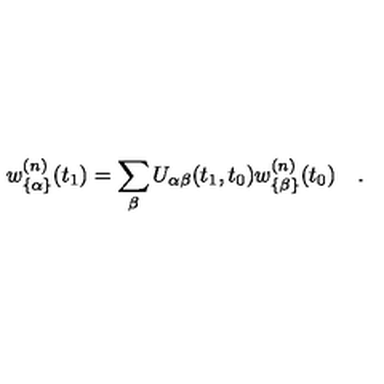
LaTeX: w _ { \{ \alpha \} } ^ { ( n ) } ( t _ { 1 } ) = \sum _ { \beta } U _ { \alpha \beta } ( t _ { 1 } , t _ { 0 } ) w _ { \{ \beta \} } ^ { ( n ) } ( t _ { 0 } ) \quad .